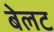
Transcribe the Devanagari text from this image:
बेलट